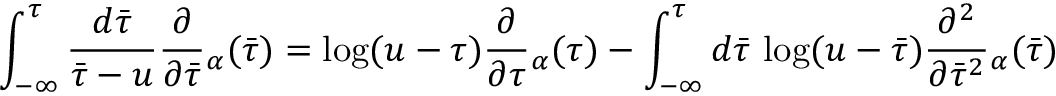
\int _ { - \infty } ^ { \tau } \frac { d { \bar { \tau } } } { { \bar { \tau } } - u } \frac { \partial } { \partial { \bar { \tau } } } \d { } _ { \alpha } ( { \bar { \tau } } ) = \log ( u - \tau ) \frac { \partial } { \partial \tau } \d { } _ { \alpha } ( \tau ) - \int _ { - \infty } ^ { \tau } d { \bar { \tau } } \, \log ( u - { \bar { \tau } } ) \frac { \partial ^ { 2 } } { \partial { \bar { \tau } } ^ { 2 } } \d { } _ { \alpha } ( { \bar { \tau } } )